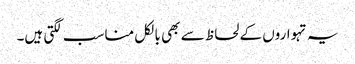
یہ تہواروں کے لحاظ سے بھی بالکل مناسب لگتی ہیں۔